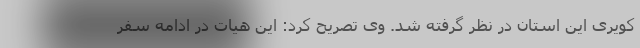
کویری این استان در نظر گرفته شد. وی تصریح کرد: این هیات در ادامه سفر